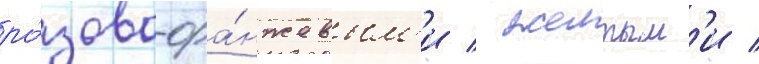
ро́зово-ора́нжевым'и / желтым'и /